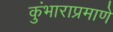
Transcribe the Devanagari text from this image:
कुंभाराप्रमाणे